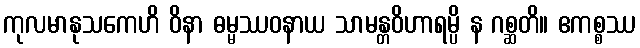
ကုလမာနုသကေဟိ ဝိနာ ဓမ္မဿဝနာယ သာမန္တဝိဟာရမ္ပိ န ဂစ္ဆတိ။ ဧကစ္စဿ